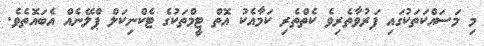
މި މަސައްކަތަކުގައި ފަރުވާތެރިވެ ކެތްތެރި ކަމާއެކު އޮތް ޓީމްތަކުގެ ޓެކްނިކަލް ޕްލޭނެއް އެބައޮތެވެ.